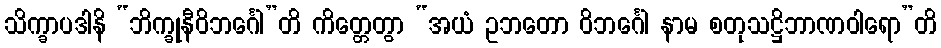
သိက္ခာပဒါနိ “ဘိက္ခုနီဝိဘင်္ဂေါ”တိ ကိတ္တေတွာ “အယံ ဥဘတော ဝိဘင်္ဂေါ နာမ စတုသဋ္ဌိဘာဏဝါရော”တိ